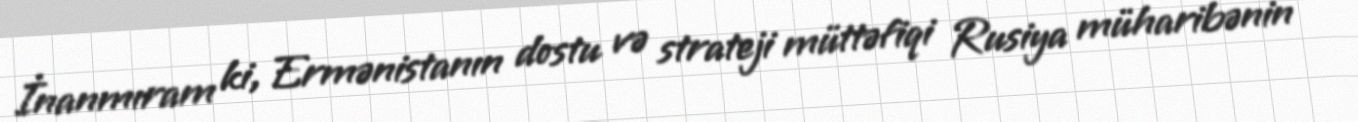
İnanmıram ki, Ermənistanın dostu və strateji müttəfiqi Rusiya müharibənin